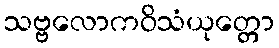
သဗ္ဗလောကဝိသံယုတ္တော